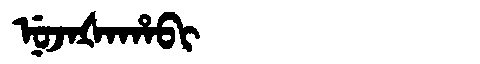
Manchu: ᠨᡠᠵᠠᡧᠠᡥᠠᠪᡳ
Romanization: NUJAŠAHABI